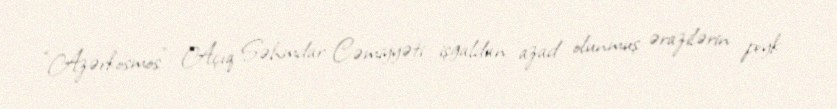
“Azərkosmos” Açıq Səhmdar Cəmiyyəti işğaldan azad olunmuş ərazilərin peyk